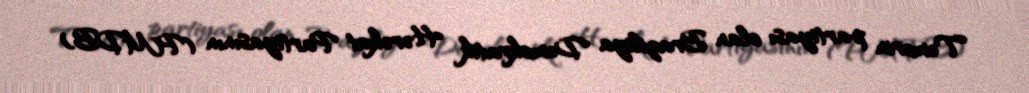
Temerin partiyası olan Braziliya Demokratik Hərəkat Partiyasının (PMDB)